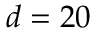
d = 2 0